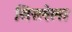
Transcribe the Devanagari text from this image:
सिस्लेला